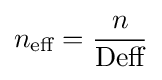
n_{\text{eff}}={\frac {n}{\text{Deff}}}